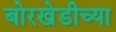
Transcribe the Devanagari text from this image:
बोरखेडीच्या